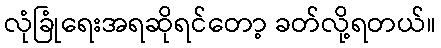
လုံခြုံရေးအရဆိုရင်တော့ ခတ်လို့ရတယ်။